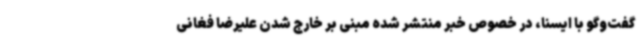
گفت‌وگو با ایسنا، در خصوص خبر منتشر شده مبنی بر خارج شدن علیرضا فغانی